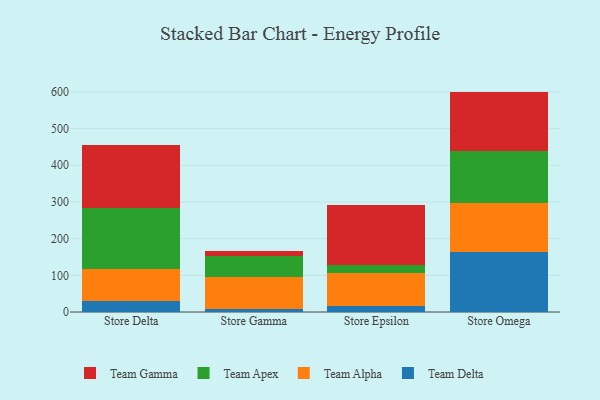
{"axis": {"x": "Store", "y": "Production Output"}, "legend": ["Team Alpha", "Team Apex", "Team Delta", "Team Gamma"], "data": [{"x": "Store Delta", "y": 30.2, "type": "Team Delta"}, {"x": "Store Delta", "y": 88.0, "type": "Team Alpha"}, {"x": "Store Delta", "y": 165.5, "type": "Team Apex"}, {"x": "Store Delta", "y": 171.1, "type": "Team Gamma"}, {"x": "Store Gamma", "y": 8.2, "type": "Team Delta"}, {"x": "Store Gamma", "y": 87.9, "type": "Team Alpha"}, {"x": "Store Gamma", "y": 56.9, "type": "Team Apex"}, {"x": "Store Gamma", "y": 12.2, "type": "Team Gamma"}, {"x": "Store Epsilon", "y": 15.8, "type": "Team Delta"}, {"x": "Store Epsilon", "y": 91.1, "type": "Team Alpha"}, {"x": "Store Epsilon", "y": 20.0, "type": "Team Apex"}, {"x": "Store Epsilon", "y": 163.8, "type": "Team Gamma"}, {"x": "Store Omega", "y": 162.8, "type": "Team Delta"}, {"x": "Store Omega", "y": 133.4, "type": "Team Alpha"}, {"x": "Store Omega", "y": 143.6, "type": "Team Apex"}, {"x": "Store Omega", "y": 161.1, "type": "Team Gamma"}]}